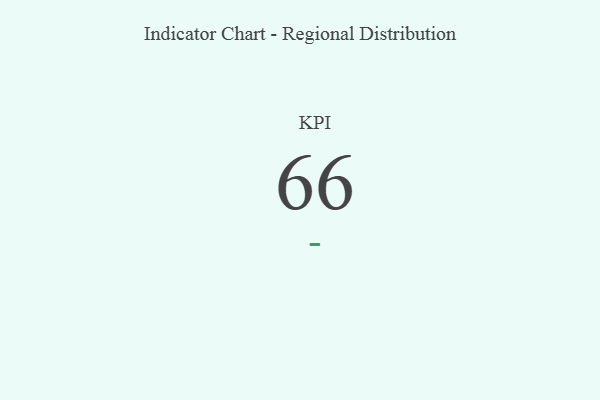
{"axis": {"x": "KPI", "y": "Value"}, "legend": [""], "data": [{"x": "KPI", "y": 66, "type": ""}]}